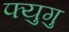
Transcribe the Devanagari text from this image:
फ्युगु